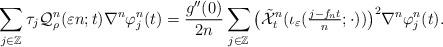
LaTeX: \begin{align*}\sum_{ j \in \mathbb{Z} } \tau_j \mathcal{Q}^n_\rho (\varepsilon n ; t ) \nabla^n \varphi^n_j (t ) = \frac{ g^{ \prime \prime } (0) }{ 2 n } \sum_{ j \in \mathbb{Z} } \big( \tilde{ \mathcal{X} }^n_t ( { \textstyle \iota_{ \varepsilon } ( \frac{ j- f_n t }{ n } ; \cdot ) } ) \big)^2 \nabla^n \varphi^n_j (t ) . \end{align*}